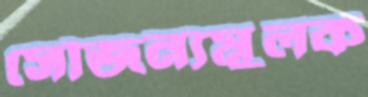
সৌজন্যমুলক